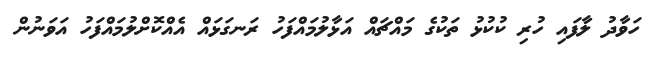
ހަވާދު ލާފައި ހުރި ކުކުޅު ތަކުގެ މައްޗައް އަޅާލުމައްފަހު ރަނގަޅައް އެއްކޮށްލުމައްފަހު އަވަނުން